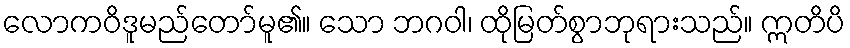
လောကဝိဒူမည်တော်မူ၏။ သော ဘဂဝါ၊ ထိုမြတ်စွာဘုရားသည်။ ဣတိပိ